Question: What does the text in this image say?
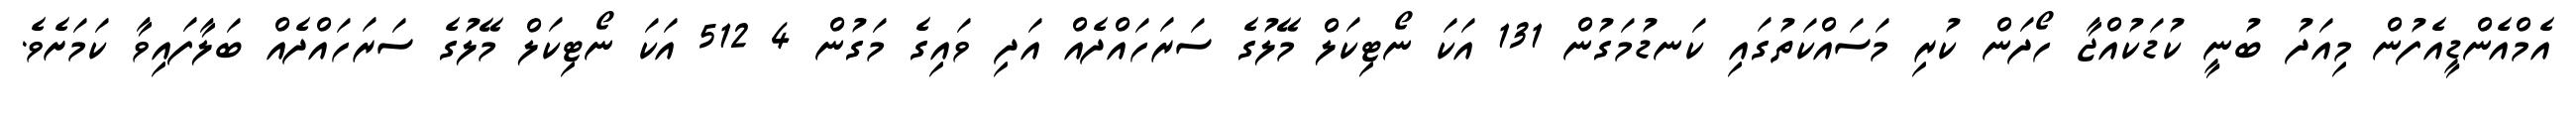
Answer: އެމްއެންޑީއެފުން މިއަދު ބުނީ ކުޑަކުއްޖާ ހޯދަން ކުރި މަސައްކަތުގައި ކަނޑުމަގުން 131 އަކަ ނޯޓިކަލް މޭލުގެ ސަރަހައްދެއް އަދި ވައިގެ މަގުން 4 512 އަކަ ނޯޓިކަލް މޭލުގެ ސަރަހައްދެއް ބަލާފައިވާ ކަމަށެވެ.